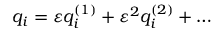
q _ { i } = \varepsilon q _ { i } ^ { ( 1 ) } + \varepsilon ^ { 2 } q _ { i } ^ { ( 2 ) } + \dots